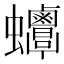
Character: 𧖋